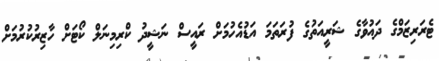
ޓެރަރިޒަމްގެ ދައުވާގެ ޝަރީއަތުގެ ފުރަތަމަ އަޑުއެހުމަށް ރައީސް ނަޝީދު ކްރިމިނަލް ކޯޓަށް ހާޒިރުކުރުމަށް